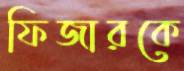
ফিজারকে